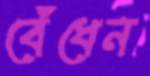
বেঁধেন